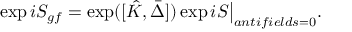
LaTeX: \exp i S _ { g f } = \exp ( [ \hat { K } , \bar { \Delta } ] ) \exp i S \big \vert _ { a n t i f i e l d s = 0 } .